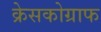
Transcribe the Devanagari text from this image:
क्रेसकोग्राफ